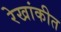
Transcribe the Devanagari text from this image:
रेखांकीत